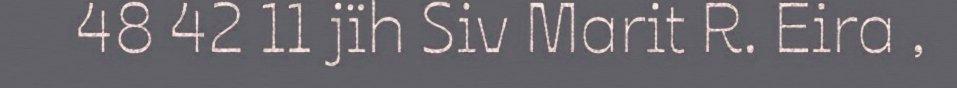
48 42 11 jïh Siv Marit R. Eira ,